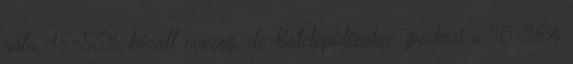
ráta 45-55% között mozog, de kistelepüléseken gyakori a 90-95%